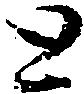
と